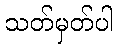
သတ်မှတ်ပါ